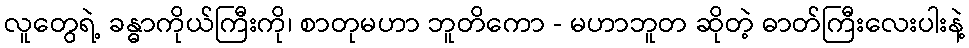
လူတွေရဲ့ ခန္ဓာကိုယ်ကြီးကို၊ စာတုမဟာ ဘူတိကော - မဟာဘူတ ဆိုတဲ့ ဓာတ်ကြီးလေးပါးနဲ့